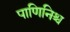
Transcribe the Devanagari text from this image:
पाणिनिश्च